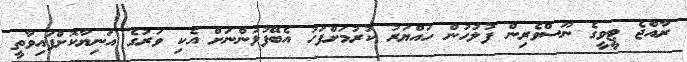
ރާއްޖެ ޓީވީގެ ނޫސްވެރިން ފުލުހުން ހައްޔަރު ކުރުމަށްފަހު އެބޭފުޅުންނަށް އެކި ވަރުގެ އަނިޔާކޮށްފައިވާތީ